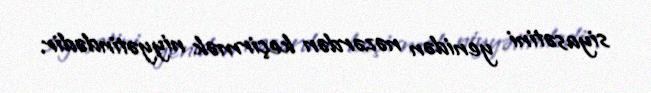
siyasətini yenidən nəzərdən keçirmək niyyətindədir.